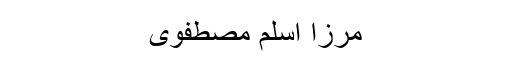
مرزا اسلم مصطفوی